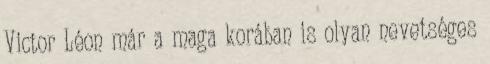
Victor Léon már a maga korában is olyan nevetséges